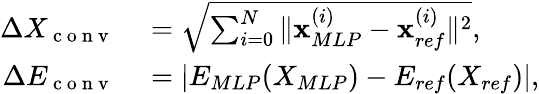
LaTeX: \begin{array}{rl}{\Delta X_{\mathrm{~c~o~n~v~}}}&{{}=\sqrt{\sum_{i=0}^{N}\| \mathbf{x}_{MLP}^{(i)}-\mathbf{x}_{ref}^{(i)}\| ^{2}},}\\ {\Delta E_{\mathrm{~c~o~n~v~}}}&{{}=|E_{MLP}(X_{MLP})-E_{ref}(X_{ref})|,}\end{array}